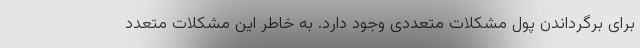
برای برگرداندن پول مشکلات متعددی وجود دارد. به خاطر این مشکلات متعدد